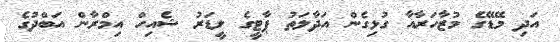
އަދި މޭޑޭގެ މުޒާހަރާއާ ގުޅިގެން އަދާލަތު ޕާޓީގެ ލީޑަރު ޝެއިހް އިމްރާން އަބްދުގެ